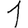
Digit: 1